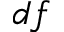
d f